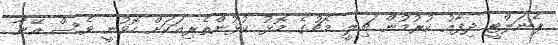
ޕެނަލްޓީ ދިފާއު ކުރުމުން ޗިލީ މެޗުގެ މޮޅު ކުޅުންތެރިއަކަށް ހޮވުނީ ވެސް އޭނާ